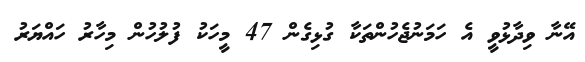
އޭނާ ވިދާޅުވީ އެ ހަމަނުޖެހުންތަކާ ގުޅިގެން 47 މީހަކު ފުލުހުން މިހާރު ހައްޔަރު